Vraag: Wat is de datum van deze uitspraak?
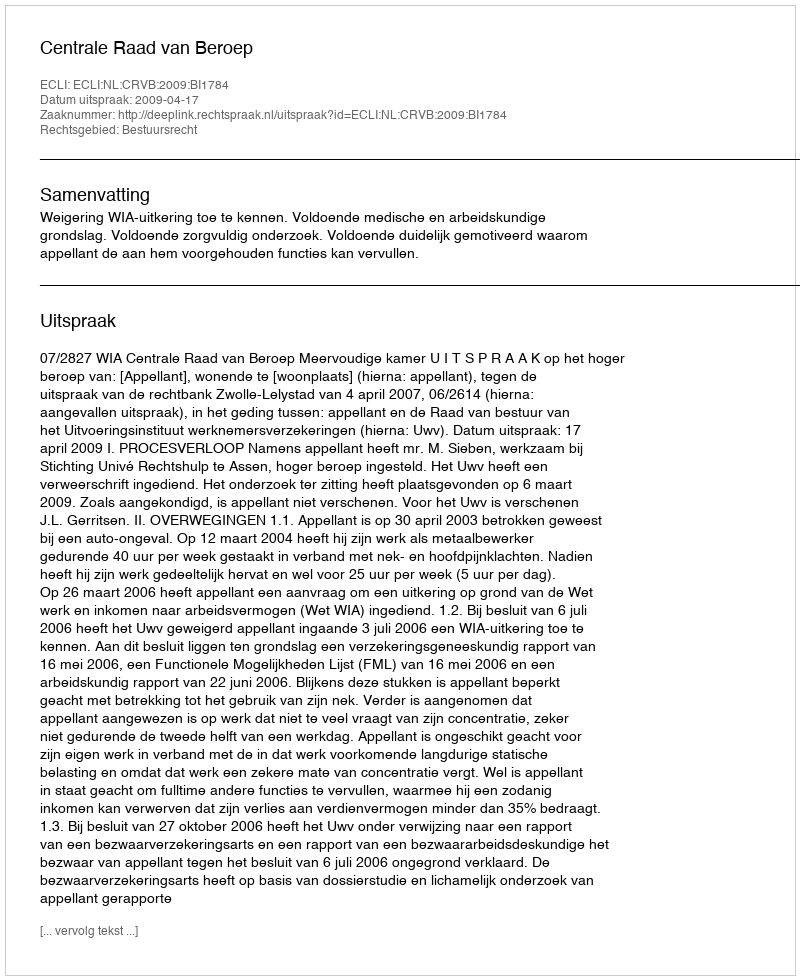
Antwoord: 2009-04-17